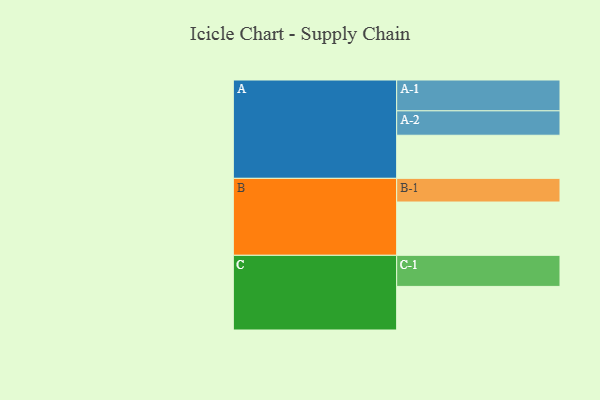
{"axis": {"x": "Segment", "y": "Value"}, "legend": ["", "A", "B", "C"], "data": [{"x": "A", "y": 355, "type": ""}, {"x": "B", "y": 439, "type": ""}, {"x": "C", "y": 359, "type": ""}, {"x": "A-1", "y": 254, "type": "A"}, {"x": "A-2", "y": 201, "type": "A"}, {"x": "B-1", "y": 195, "type": "B"}, {"x": "C-1", "y": 256, "type": "C"}]}